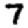
Digit: 7